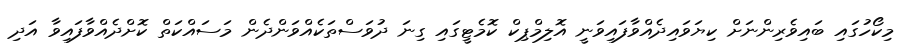
މިކޯހުގައި ބައިވެރިންނަށް ކިޔަވައިދެއްވާފައިވަނީ އޮލިމްޕިކް ކޮމެޓީގައި ގިނަ ދުވަސްތަކެއްވަންދެން މަސައްކަތް ކޮށްދެއްވާފައިވާ އަދި